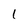
Character: 1